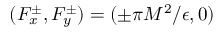
( F _ { x } ^ { \pm } , F _ { y } ^ { \pm } ) = ( \pm \pi M ^ { 2 } / \epsilon , 0 )